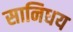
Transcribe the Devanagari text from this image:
सानिधय